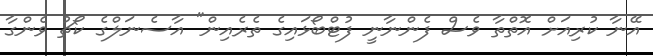
އޭނާ ކުރިއަށް އޮތްތާ ވެސް ފެންނާނީ ފުޓްބޯޅައިގެ ތެރެއިން" އާސެނަލްގެ ކޯޗު ވެންގާ